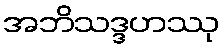
အဘိသဒ္ဒဟဿု